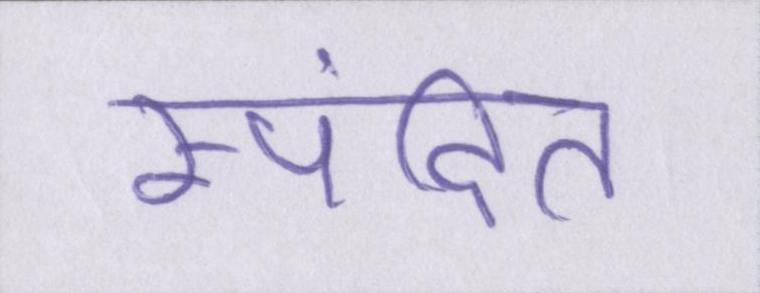
स्पंदित